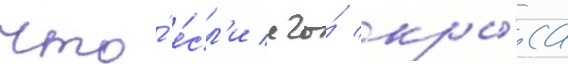
что́ е́сл'и его́ кры́са